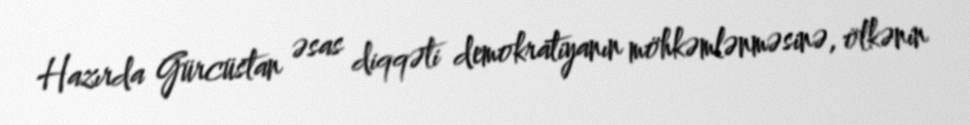
Hazırda Gürcüstan əsas diqqəti demokratiyanın möhkəmlənməsinə, ölkənin